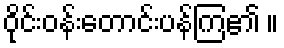
ဝိုင်းဝန်းတောင်းပန်ကြ၏ ။